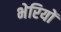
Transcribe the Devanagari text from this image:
भेरियों